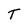
Character: T